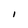
Character: I